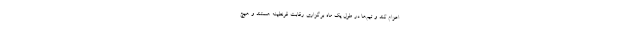
اعزام کند و تیم‌ها در طول یک ماه برگزاری رقابت قرنطینه هستند و هیچ